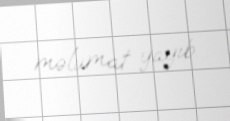
məlumat yayıb.